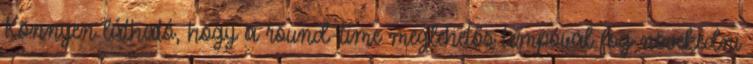
Könnyen látható, hogy a round-time meglehetős tempóval fog növekedni